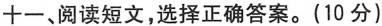
十一、阅读短文，选择正确答案。(10 分)